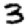
Digit: 3